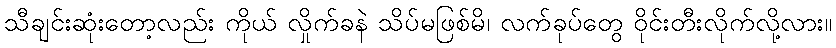
သီချင်းဆုံးတော့လည်း ကိုယ် လှိုက်ခနဲ သိပ်မဖြစ်မိ၊ လက်ခုပ်တွေ ဝိုင်းတီးလိုက်လို့လား။